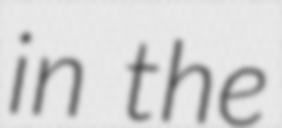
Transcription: in the